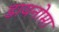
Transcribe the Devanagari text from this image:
डायनोमा